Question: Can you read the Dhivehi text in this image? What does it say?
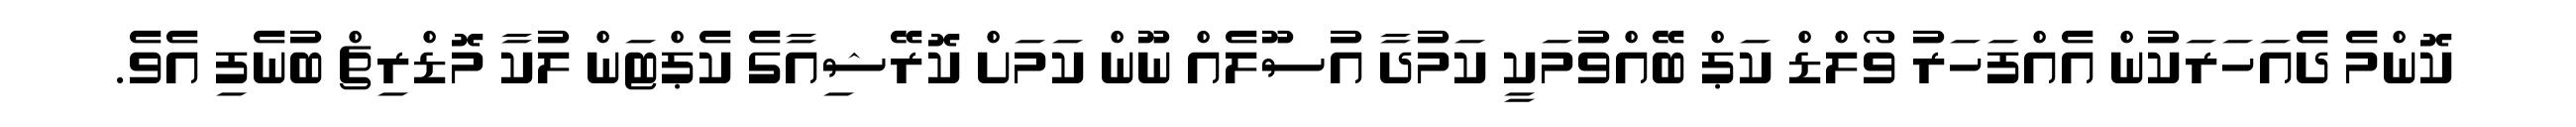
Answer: ކޮންމެ ދެއަހަރަކުން އެއްފަހަރު ވޯލްޑް ކަޕް ބޭއްވުމަކީ ކަމުދާ އުސޫލެއް ނޫން ކަމަށް ކޮރޭޝިއާގެ ކެޕްޓަން ލުކާ މޮޑްރިޗް ބުނެފި އެވެ.